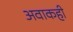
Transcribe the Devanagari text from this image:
अवाकही